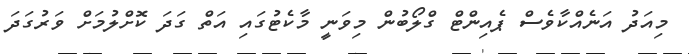
މިއަދު އަނެއްކާވެސް ޕެއިންޓް ގްލޯބުން މިވަނީ މާކެޓުގައި އަތް ގަދަ ކޮށްލުމަށް ވަރުގަދަ